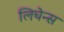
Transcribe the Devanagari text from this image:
लिचेन्स